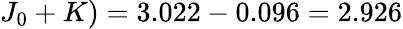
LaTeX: J_{0}+K)=3.022-0.096=2.926